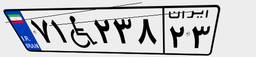
۷۱W۲۳۸۲۳